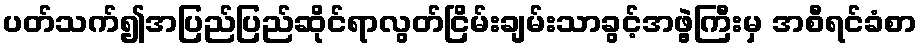
ပတ်သက်၍အပြည်ပြည်ဆိုင်ရာလွတ်ငြိမ်းချမ်းသာခွင့်အဖွဲ့ကြီးမှ အစီရင်ခံစာ